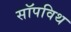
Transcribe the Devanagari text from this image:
सॉपविथ